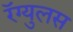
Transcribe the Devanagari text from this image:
रॅग्युलस